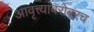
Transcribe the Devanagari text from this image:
आवृत्त्यांबरोबरच